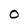
Character: O